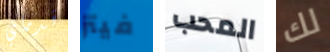
قدماي فيتز المحب لك